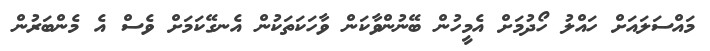
މައްސަލައަށް ހައްލު ހޯދުމަށް އެމީހުން ބޭނުންވާކަން ވާހަކަތަކުން އެނގޭކަމަށް ވެސް އެ މެންބަރުން